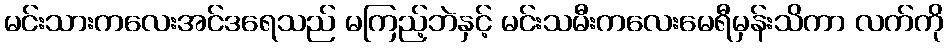
မင်းသားကလေးအင်ဒရေသည် မကြည့်ဘဲနှင့် မင်းသမီးကလေးမေရီမှန်းသိကာ လက်ကို